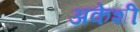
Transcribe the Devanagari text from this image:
अकेशी